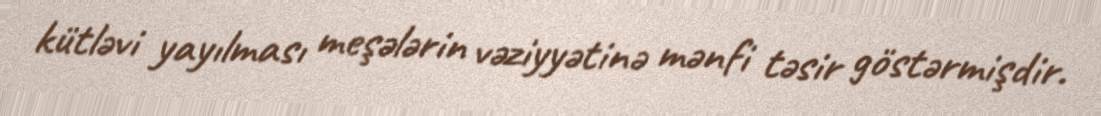
kütləvi yayılması meşələrin vəziyyətinə mənfi təsir göstərmişdir.